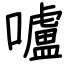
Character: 嚧